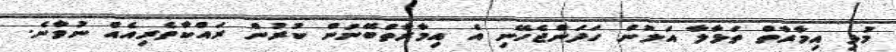
މުޅި އިމާރާތް ތަޅާލާ އަލުން ހަދަންޖެހޭނި އެ އިމާރާތްބޭނުން ކުރުން ރައްކާތެރިއެއް ނުވާނެ.